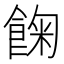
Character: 𩛺